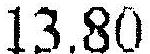
13.80